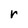
Character: r